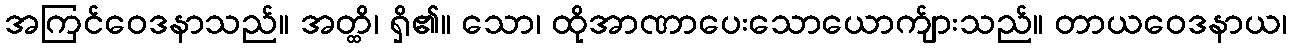
အကြင်ဝေဒနာသည်။ အတ္ထိ၊ ရှိ၏။ သော၊ ထိုအာဏာပေးသောယောက်ျားသည်။ တာယဝေဒနာယ၊